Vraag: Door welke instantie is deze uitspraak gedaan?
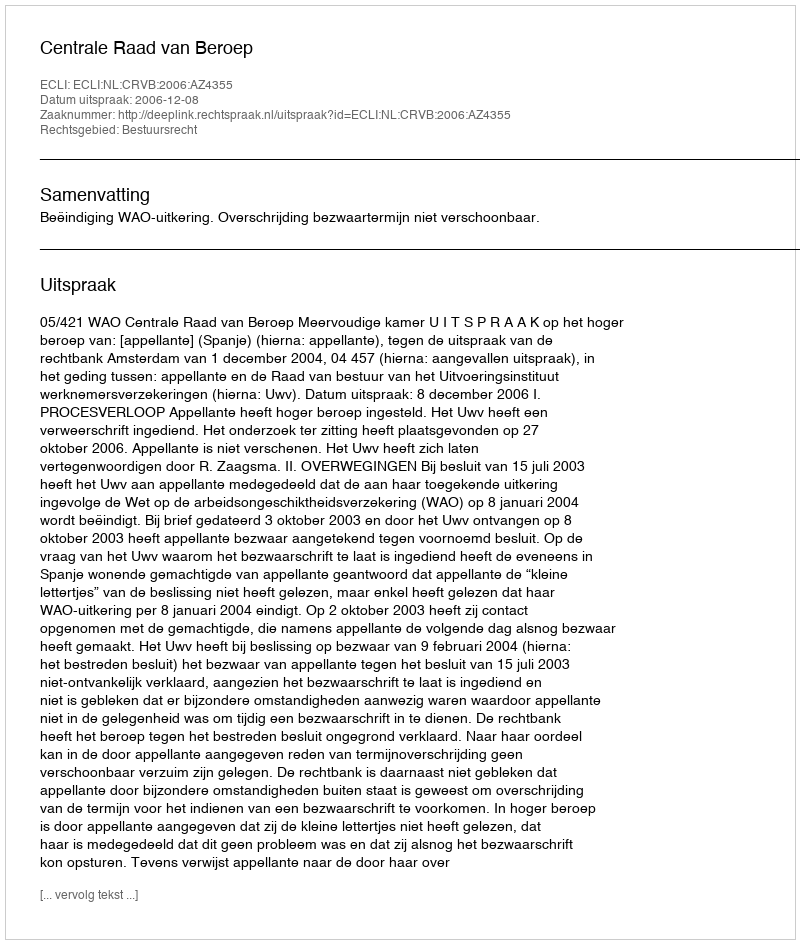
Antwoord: Centrale Raad van Beroep